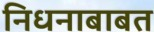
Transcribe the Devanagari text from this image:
निधनाबाबत